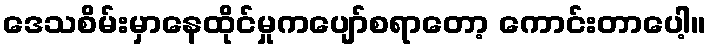
ဒေသစိမ်းမှာနေထိုင်မှုကပျော်စရာတော့ ကောင်းတာပေါ့။